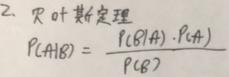
2. 贝叶斯定理
\[ P(A|B) = \frac{P(B|A) \cdot P(A)}{P(B)} \]